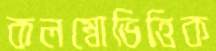
কলম্বোভিত্তিক